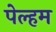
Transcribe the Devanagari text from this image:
पेल्हम